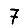
Digit: 7